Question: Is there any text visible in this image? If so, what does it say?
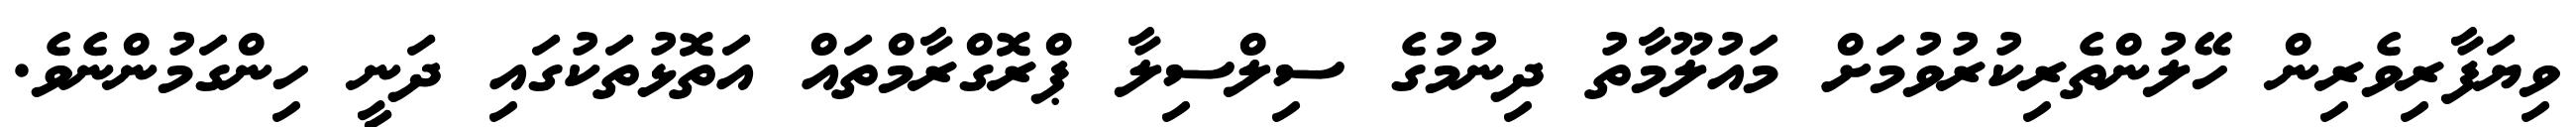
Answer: ވިޔަފާރިވެރިން ހޭލުންތެރިކުރުވުމަށް މައުލޫމާތު ދިނުމުގެ ސިލްސިލާ ޕްރޮގްރާމްތައް އަތޮޅުތަކުގައި ދަނީ ހިންގަމުންނެވެ.